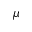
\mu